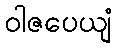
ဝါဇပေယျံ